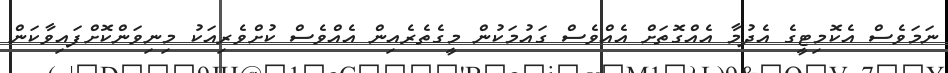
ނަމަވެސް އެކޮމިޓީގެ އެދުމާ އެއްގޮތަށް އެއްވެސް ގައުމަކުން މީގެތެރެއިން އެއްވެސް ކުށްވެރިއަކު މިނިވަންކޮށްފައިވާކަން